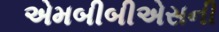
એમબીબીએસની